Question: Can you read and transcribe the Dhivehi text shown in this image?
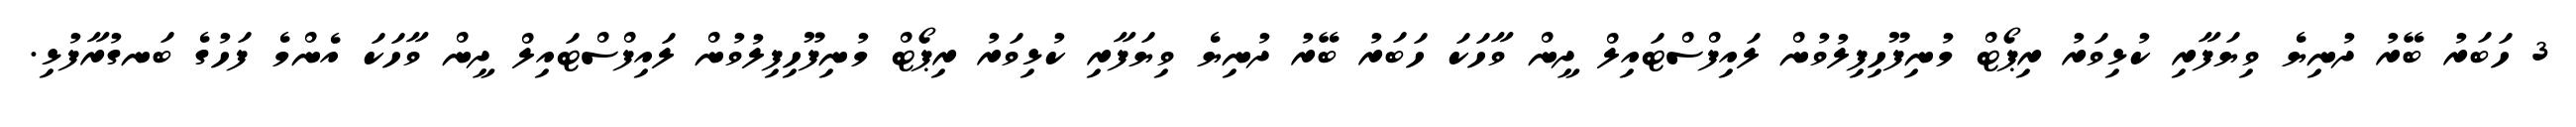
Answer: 3 ހަބަރު ބޭރު ދުނިޔެ ވިޔަފާރި ކުޅިވަރު ރިޕޯޓް މުނިފޫހިފިލުވުން ލައިފްސްޓައިލް ދީން ވާހަކަ ހަބަރު ބޭރު ދުނިޔެ ވިޔަފާރި ކުޅިވަރު ރިޕޯޓް މުނިފޫހިފިލުވުން ލައިފްސްޓައިލް ދީން ވާހަކަ އެންމެ ފަހުގެ ބަނގުރާފުޅި.